NAE_EAA_T-354_Tartu_Tamme_Gumnaasium, lk 89
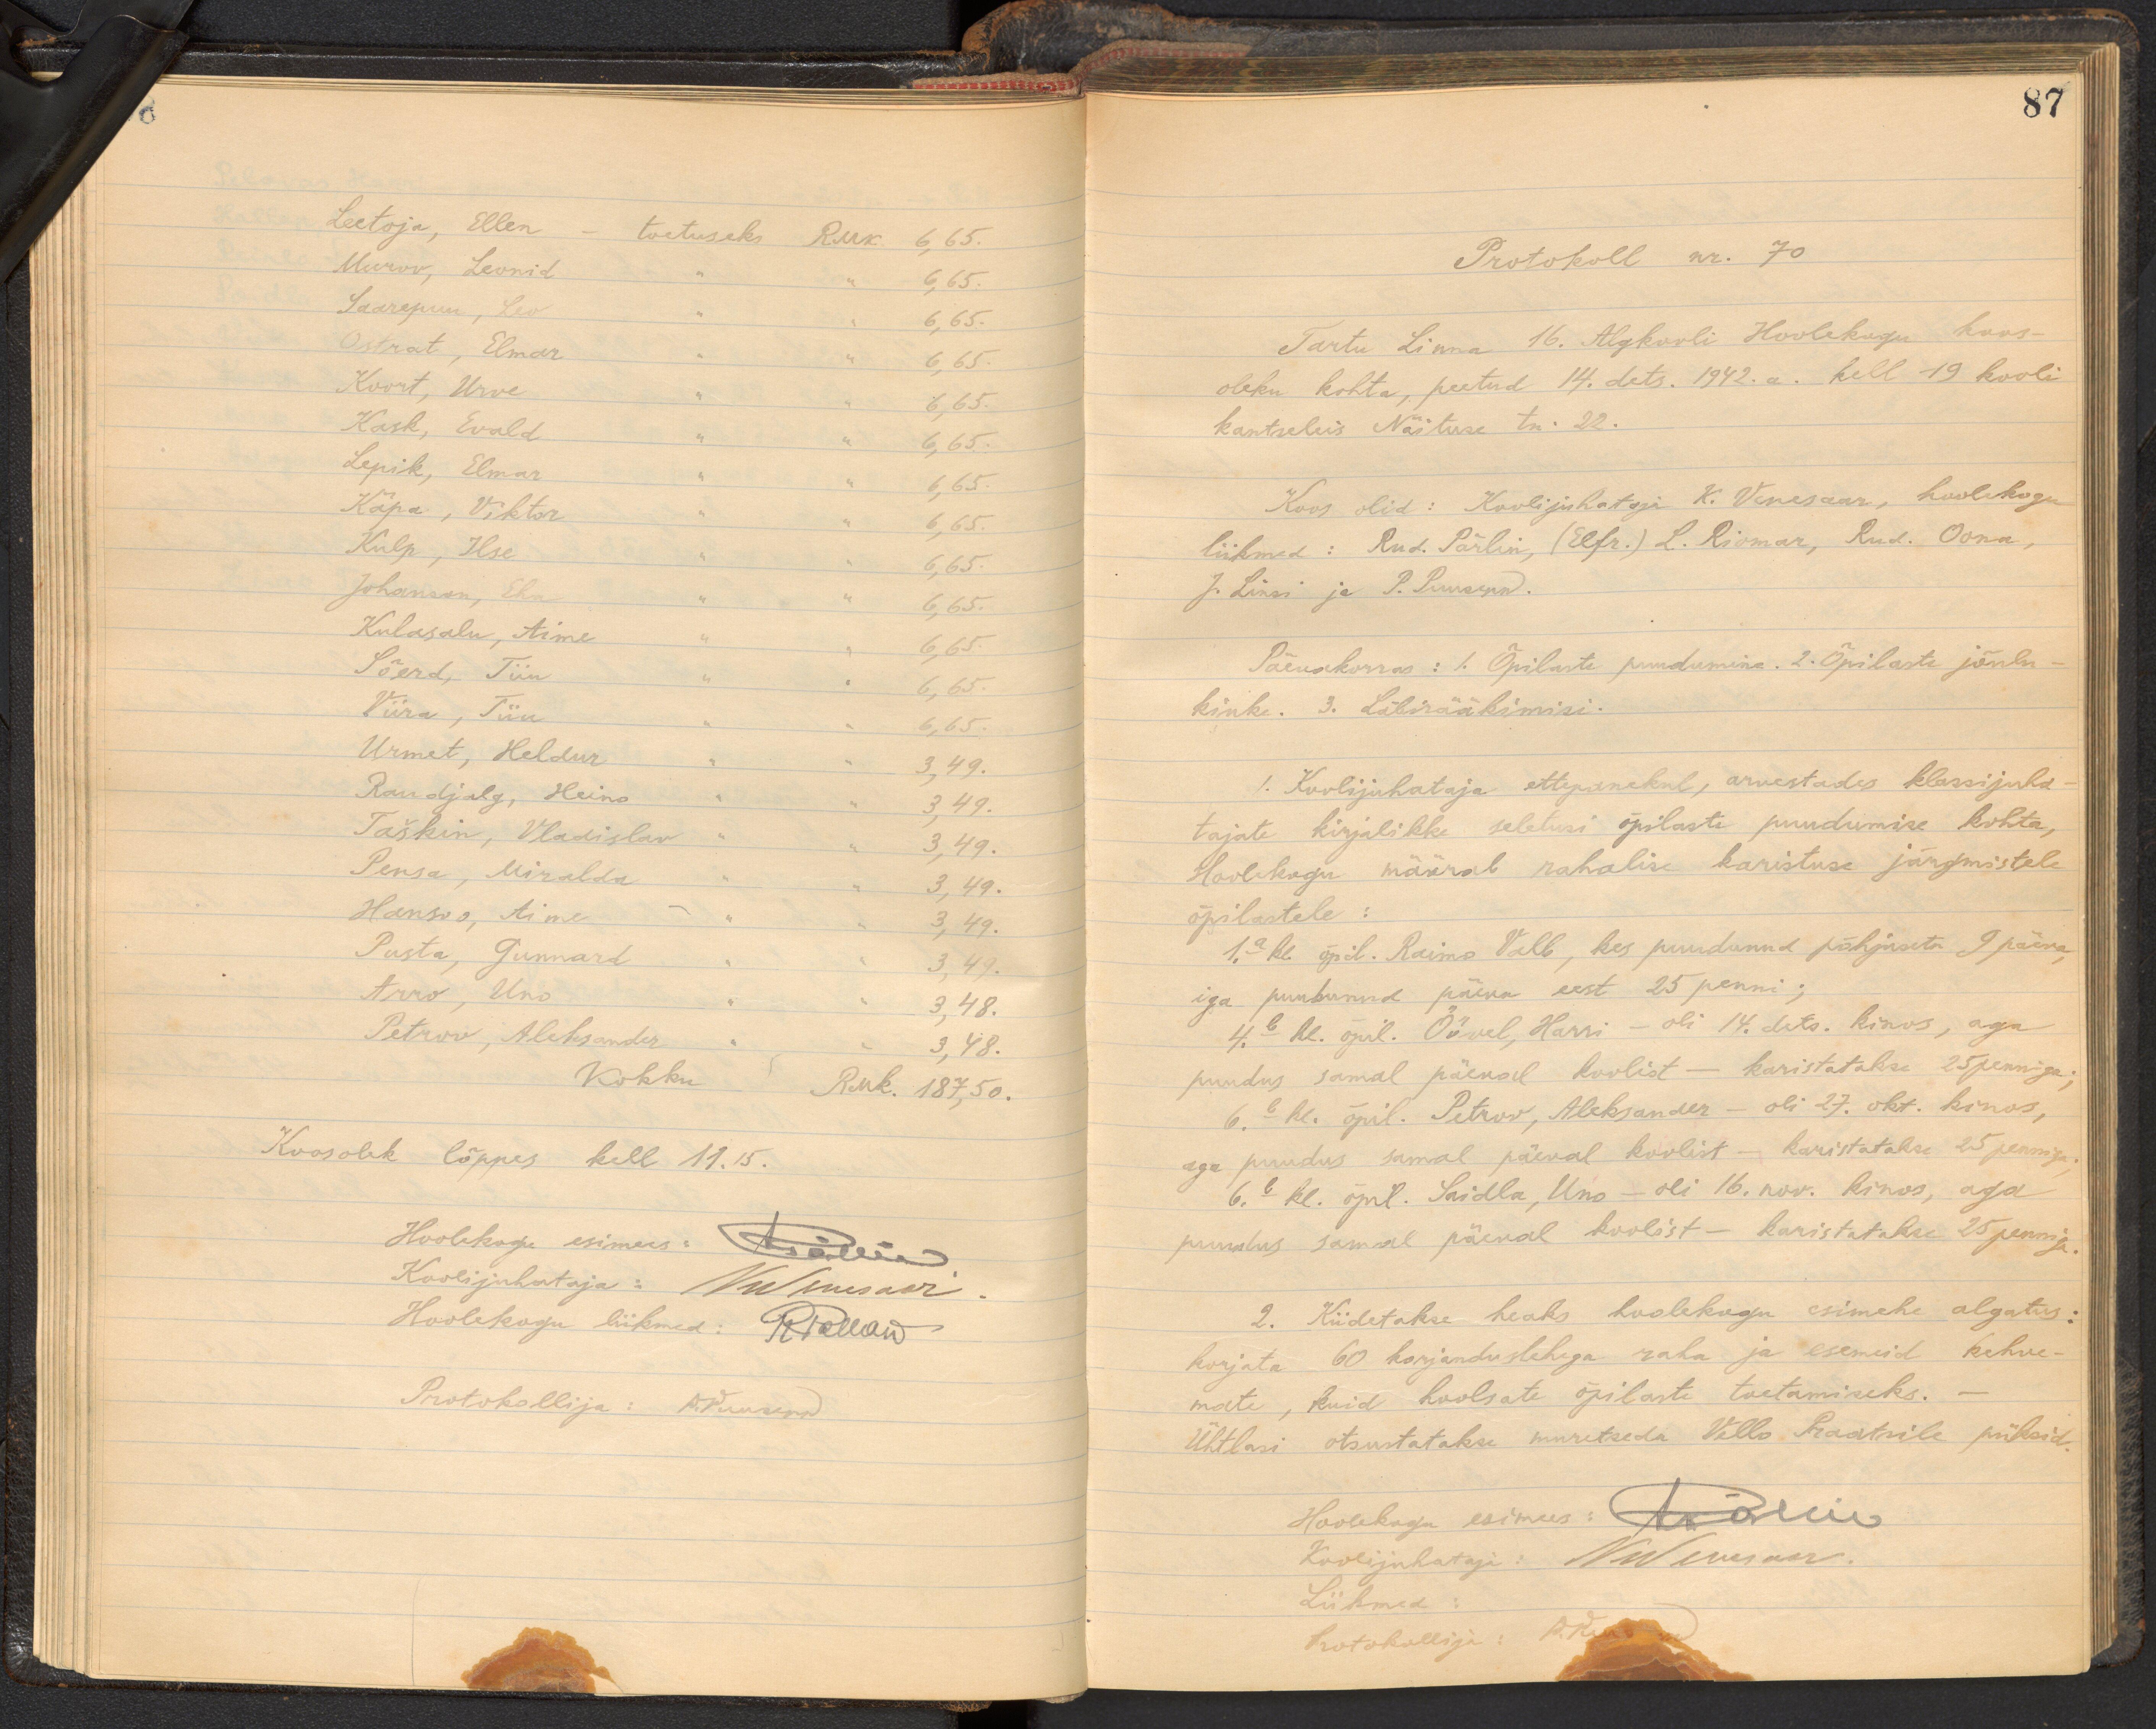
Leetoja, Ellen - toetuseks RMk. 6,65.
Murov, Leonid  " " 6,65.
Saarepuu, Leo  " " 6,65.
Ostrat, Elmar  " " 6,65.
Koort, Urve  " " 6,65.
Kask, Evald  " " 6,65.
Lepik, Elmar " "  6,65.
Käpa, Viktor " " 6,65.
Kulp, Ilse  " " 6,65.
Johanson, Eha  " " 6,65.
Kulasalu, Aime " " 6,65.
Sõerd, Tiiu " " 6,65.
Viira, Tiiu  " " 6,65.
Urmet, Heldur  " "  3,49.
Randjalg, Heino " "  3,49.
Taškin, Vladislav  " " 3,49.
Pensa, Miralda  " " 3,49.
Hansoo, Aime  " " 3,49.
Pusta, Gunnard " "  3,49.
Arro, Uno  " " 3.48.
Petrov, Aleksander " " 3, 48.
Kokku RMk. 187,50.
Koosolek lõppes kell 11.15.
Hoolekogu esimees: Källin
Koolijuhataja: V Wensaar
Hoolekogu liikmed: R. Pallaw
Protokollija: P. Puukond

87
Protokoll nr. 70
Tartu Linna 16. Algkooli Hoolekogu koos-
oleku kohta, peetud 14. dets. 1942. a. kell 19 kooli
kantseleis Näituse tn. 22.
Koos olid: Koolijuhataja K. Venesaar, hoolekogu
liikmed: Rud. Pärlin, (Elfr.) L. Riomar, Rud. Oona,
J. Linsi ja P. Puusepp.
Päevakorras: 1. Õpilaste puudumine. 2.Õpilaste jõulu-
kink. 3. Läbirääkimisi.
1. Koolijuhataja ettepanekul, arvestades klassijuha-
tajate kirjalikke seletusi õpilaste puudumise kohta,
Hoolekogu määrab rahalise karistuse järgmistele
õpilastele:
1.a kl õpil. Raimo Valb, kes puudunud põhjuseta 9 päeva,
iga puudunud päeva eest 25 penni;
4.b - Ul. õpil. Öövel, Harri - oli 14. dets. kinos, aga
puudus samal päeval koolist - karistatakse 25 penniga,
6.b - kl. õpil. Petrov, Aleksander - oli 27. okt. kinos,
aga puudus samal päeval koolist - haristatakse 25 penniga.
6.b - kl. õpl. Saidla, Uno - oli 16. nov. kinos, aga
puudus samal päeval koolist - karistatakse 25 penniga
2. Kiidetakse heaks hoolekogu esimehe algatus:
korjata 60 korjanduslehega raha ja esemeid kehve-
mate, kuid hoolsate õpilaste toetamiseks.
Ühtlasi otsustatakse muretseda Vello Praatsile püksid.
Hoolekogu esimees: Tähin
Koolijuhataja: N Wenees on
Liikmed
Protokollija: P. Krasson